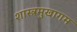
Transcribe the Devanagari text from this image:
शास्त्रमुखागम